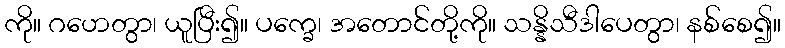
ကို။ ဂဟေတွာ၊ ယူပြီး၍။ ပက္ခေ၊ အတောင်တို့ကို။ သန္နိသီဒါပေတွာ၊ နစ်စေ၍။